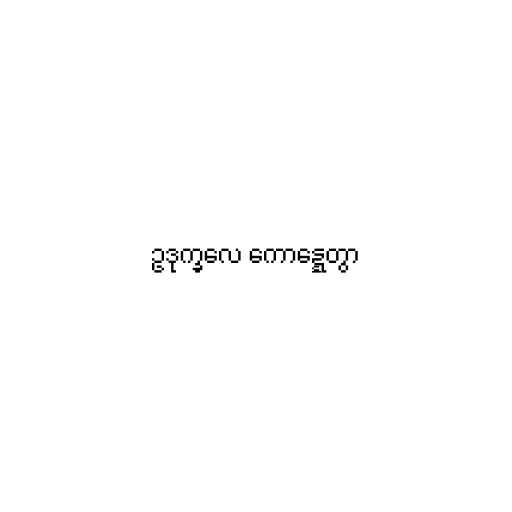
ဥဒုက္ခလေ ကောဋ္ဋေတွာ